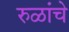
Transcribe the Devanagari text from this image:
रुळांचे